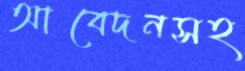
আবেদনসহ